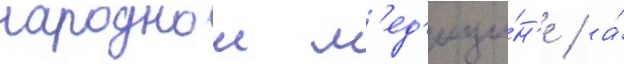
народнои м'ед'ици́н'е / а́